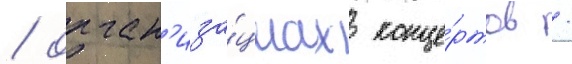
/ орган'иза́циах конце́ртов /